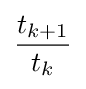
{\frac {t_{k+1}}{t_{k}}}